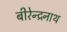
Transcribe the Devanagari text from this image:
बीरेन्द्रनाथ